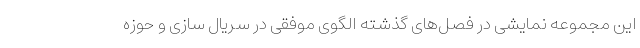
این مجموعه نمایشی در فصل‌های گذشته الگوی موفقی در سریال سازی و حوزه